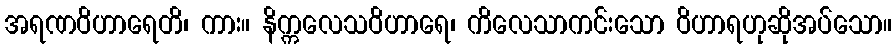
အရဏဝိဟာရေတိ၊ ကား။ နိက္ကလေသဝိဟာရေ၊ ကိလေသာကင်းသော ဝိဟာရဟုဆိုအပ်သော။